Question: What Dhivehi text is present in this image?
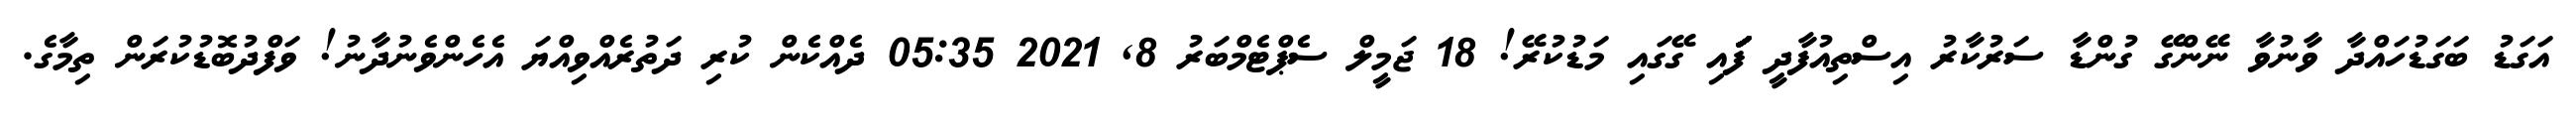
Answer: އަގަޑު ބަގަޑުހައްދާ ވާނުވާ ނޭންގޭ ގުންޑާ ސަރުކާރު އިސްތިއުފާދީ ފަަަަަަަަަަަަަައި ގޭގައި މަޑުކުރޭ! 18 ޖަމީލް ސެޕްޓެމްބަރު 8, 2021 05:35 ދެއްކެން ކުރި ދަތުރެއްވިއްޔަ އެހެންވެނުދާނު! ވަފްދުބޮޑުކުރަން ތިމާގެ.